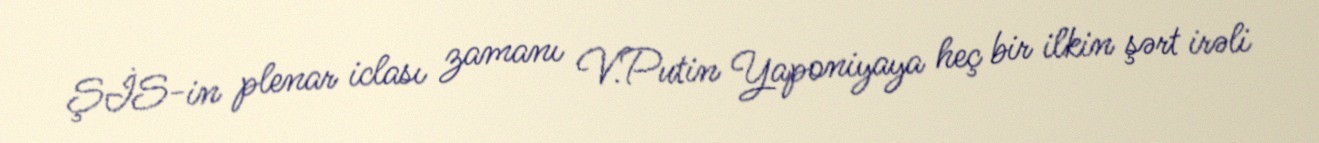
ŞİS-in plenar iclası zamanı V.Putin Yaponiyaya heç bir ilkin şərt irəli